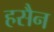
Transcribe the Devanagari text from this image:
हसैन